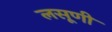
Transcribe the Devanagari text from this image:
लसूणी